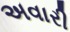
અવારી